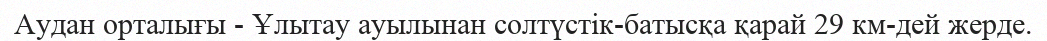
Аудан орталығы - Ұлытау ауылынан солтүстік-батысқа қарай 29 км-дей жерде.